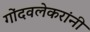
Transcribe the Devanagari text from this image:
गोंदवलेकरांनी